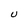
Character: U